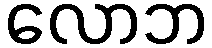
လောဘ